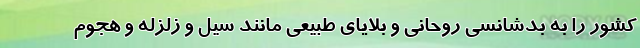
کشور را به بدشانسی روحانی و بلایای طبیعی مانند سیل و زلزله و هجوم